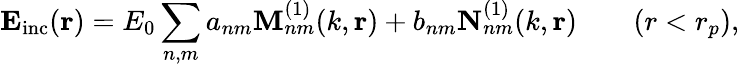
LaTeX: \mathbf{E_{\mathrm{inc}}}(\mathbf{r})=E_{0}\sum_{n,m}a_{nm}\mathbf{M}_{nm}^{(1)}(k,\mathbf{r})+b_{nm}\mathbf{N}_{nm}^{(1)}(k,\mathbf{r})\qquad(r<r_{p}),